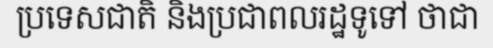
ប្រទេសជាតិ និងប្រជាពលរដ្ឋទូទៅ ថាជា